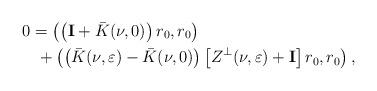
LaTeX: \begin{align*}0 & =\left( \left( \mathbf{I}+\bar{K}(\nu,0)\right) r_{0},r_{0}\right)\\& \ +\left( \left( \bar{K}(\nu,\varepsilon)-\bar{K}(\nu,0)\right) \left[Z^{\perp}(\nu,\varepsilon)+\mathbf{I}\right] r_{0},r_{0}\right) ,\end{align*}